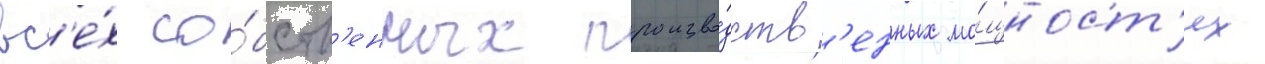
вс'е́х со́бств'енных произво́дств'енных мо́щност'ях